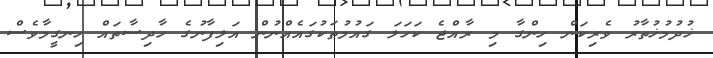
ޚުދުމުޚުތާރު ވެރިކަން ހިންގާ މި ރާއްޖެ ކަހަލަ ގައުމުތަކުގައެއްނުން އަލިފާނުގެ ހާދިސާތައް ހިނގީމާވެސް